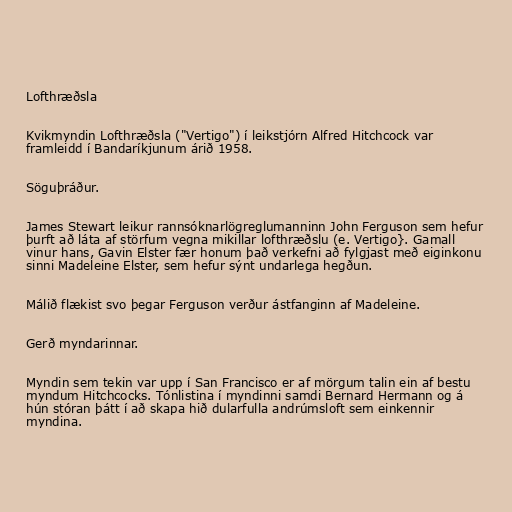
Lofthræðsla

Kvikmyndin Lofthræðsla ("Vertigo") í leikstjórn Alfred Hitchcock var
framleidd í Bandaríkjunum árið 1958.

Söguþráður.

James Stewart leikur rannsóknarlögreglumanninn John Ferguson sem hefur
þurft að láta af störfum vegna mikillar lofthræðslu (e. Vertigo}. Gamall
vinur hans, Gavin Elster fær honum það verkefni að fylgjast með eiginkonu
sinni Madeleine Elster, sem hefur sýnt undarlega hegðun.

Málið flækist svo þegar Ferguson verður ástfanginn af Madeleine.

Gerð myndarinnar.

Myndin sem tekin var upp í San Francisco er af mörgum talin ein af bestu
myndum Hitchcocks. Tónlistina í myndinni samdi Bernard Hermann og á
hún stóran þátt í að skapa hið dularfulla andrúmsloft sem einkennir
myndina.